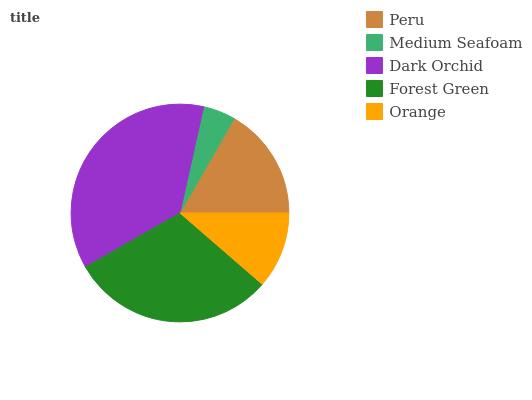
| Peru | Medium Seafoam | Dark Orchid | Forest Green | Orange |
 | --- | --- | --- | --- | --- |
 | 16.7% | 4.8% | 36.7% | 30.4% | 11.4% |